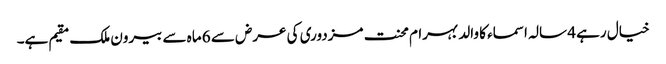
خیال رہے 4 سالہ اسماء کا والد بہرام محنت مزدوری کی عرض سے 6 ماہ سے بیرون ملک مقیم ہے۔